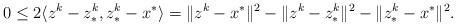
LaTeX: \begin{align*}0 \le 2 \langle z^k-z^k_*,z^k_*-x^*\rangle = \|z^k-x^*\|^2-\|z^k-z^k_*\|^2-\|z^k_*-x^*\|^2.\end{align*}